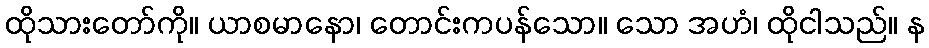
ထိုသားတော်ကို။ ယာစမာနော၊ တောင်းကပန်သော။ သော အဟံ၊ ထိုငါသည်။ န